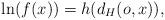
LaTeX: \begin{align*}\ln(f(x))=h(d_{H}(o,x)),\end{align*}